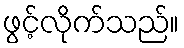
ဖွင့်လိုက်သည်။